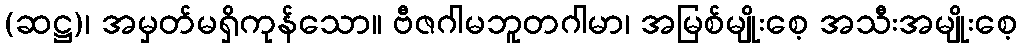
(ဆဋ္ဌ)၊ အမှတ်မရှိကုန်သော။ ဗီဇဂါမဘူတဂါမာ၊ အမြစ်မျိုးစေ့ အသီးအမျိုးစေ့